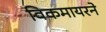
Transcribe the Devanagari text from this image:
विकमायरने